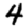
Digit: 4